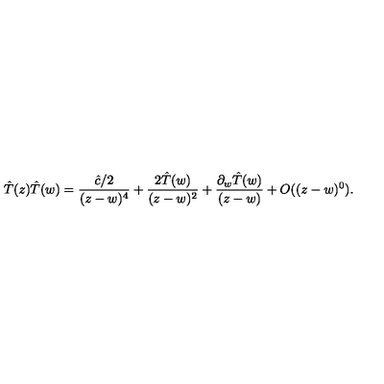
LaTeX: \hat { T } ( z ) \hat { T } ( w ) = \frac { \hat { c } / 2 } { ( z - w ) ^ { 4 } } + \frac { 2 \hat { T } ( w ) } { ( z - w ) ^ { 2 } } + \frac { \partial _ { w } \hat { T } ( w ) } { ( z - w ) } + O ( ( z - w ) ^ { 0 } ) .